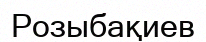
Розыбақиев